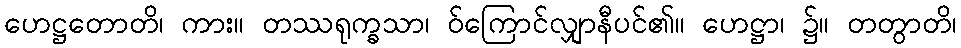
ဟေဋ္ဌတောတိ၊ ကား။ တဿရုက္ခသာ၊ ဝ်ကြောင်လျှာနီပင်၏။ ဟေဋ္ဌာ၊ ၌။ တတွာတိ၊